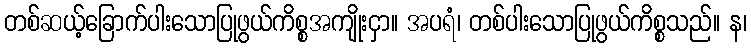
တစ်ဆယ့်ခြောက်ပါးသောပြုဖွယ်ကိစ္စအကျိုးငှာ။ အပရံ၊ တစ်ပါးသောပြုဖွယ်ကိစ္စသည်။ န၊